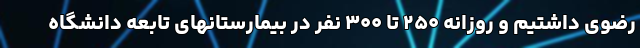
رضوی داشتیم و روزانه ۲۵۰ تا ۳۰۰ نفر در بیمارستانهای تابعه دانشگاه